Civil Veterinary Dept. Assam report 1911-1927 - 1911-1927
Year: 1911
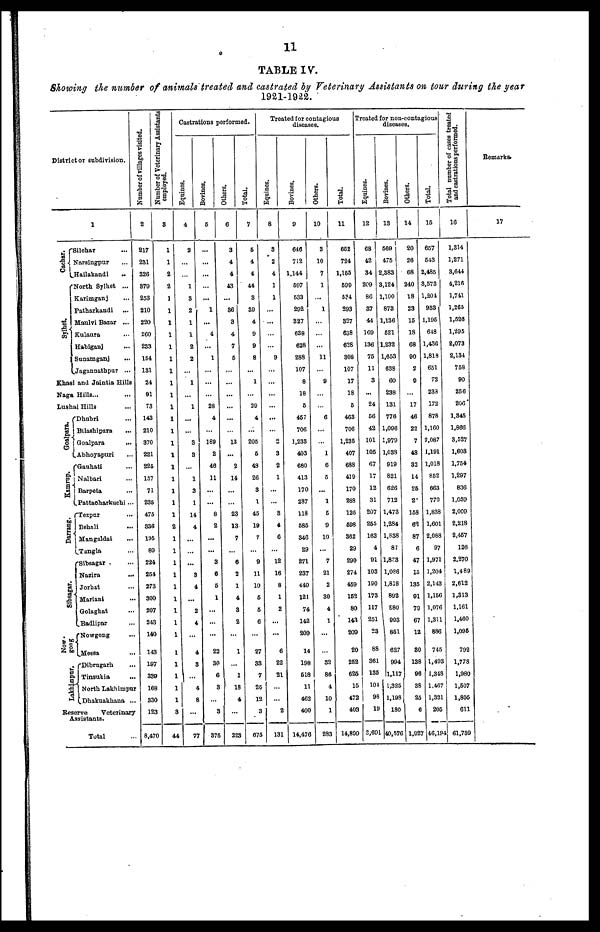
11
TABLE IV.
Showing the number of animals treated and castrated by Veterinary Assistants on tour during the year
1921-1922.
District or subdivision.
1
Cachar.
Sylhet.
Silchar ...
Narsingpur ...
Hailakandi ...
North Sylhet ...
Karimganj ...
Patharkandi ...
Maulvi Bazar ...
Kulaura ...
Habiganj ...
Sunamganj ...
Jagannathpur ...
Khasi and Jaintia Hills
Naga Hills ...
Lushai Hills ...
Goalpara.
Kamrup.
Darrang.
Sibsagar.
Now-
gong
Lakhimpur.
Dhubri ...
Bilashipara
...
Goalpara
...
Abhoyapuri ...
Gauhati ...
Nalbari ...
Barpeta ...
Pattacharkuchi ...
Tezpur ...
Behali ...
Mangaldai ...
Tangla ...
Sibsagar ...
Nazira ...
Jorhat ...
Mariani ...
Golaghat ...
Badlipar ...
Nowgong ...
Messa ...
Dibrugarh ...
Tinsukia ...
North Lakhimpur
Dhakuakhana ...
Reserve
Veterinary
Assistants.
Total ...
Number of villages visited.
2
217
231
326
379
253
210
220
260
233
154
131
24
91
73
143
210
370
221
225
157
71
235
475
336
195
89
224
254
273
300
207
243
140
143
197
339
168
330
123
8,470
Number of Veterinary Assistants
employed.
3
1
1
2
2
1
1
1
1
1
1
1
1
1
1
1
1
1
1
1
1
1
1
1
1
1
1
1
1
1
1
1
1
1
1
1
1
1
1
3
44
Castrations performed.
Equines.
4
2
...
...
1
3
2
1
1
2
2
...
1
...
1
...
...
3
3
...
1
3
1
14
4
...
...
...
3
4
...
2
4
...
4
3
...
4
8
...
77
Bovines.
5
...
...
...
...
...
1
...
4
...
1
...
...
...
28
4
...
189
2
46
11
...
...
8
2
...
...
3
6
5
1
...
...
22
30
6
3
...
3
375
Others.
6
3
4
4
43
...
36
3
4
7
6
...
...
...
...
...
...
13
...
2
14
...
...
23
13
7
...
6
2
1
4
3
2
...
1
...
1
18
4
...
223
Total.
|
7
5
4
4
44
3
39
4
9
9
8
...
1
29
4
...
205
6
43
26
3
1
45
19
7
...
9
11
10
5
5
6
...
27
33
7
26
12
3
675
Treated for contagious
diseases.
Equines.
8
3
2
4
1
1
...
...
...
...
9
...
...
...
...
...
...
2
3
2
1
...
...
3
4
6
...
12
16
8
1
2
...
...
6
22
21
...
...
2
131
Bovines.
9
646
712
1,144
597
533
292
327
638
628
288
107
8
18
5
457
706
1,233
403
680
413
170
287
118
585
346
29
271
237
449
121
74
142
209
14
198
518
11
462
400
14,476
Others.
10
3
10
7
1
...
1
...
...
...
11
...
9
...
...
6
...
...
1
6
5
...
1
5
9
10
...
7
21
2
30
4
1
...
...
32
86
4
10
1
283
Total.
11
652
724
1,155
599
634
293
827
638
628
308
107
17
18
5
463
706
1,235
407
688
419
170
2SS
126
698
362
29
290
274
459
152
80
143
209
20
252
625
15
472
403
14,800
Treated for non-contagious
diseases.
Equines.
12
68
42
34
209
86
37
44
109
136
75
11
3
...
24
56
42
101
105
67
17
12
31
207
255
163
4
91
103
190
173
117
251
23
88
361
135
104
98
19
3,691
Bovines.
13
569
475
2,383
3,124
1,100
873
1,136
621
1,232
1,653
638
60
238
131
776
1,096
1,979
1,038
919
821
626
712
1,473
1,284
1,838
87
1,823
1,086
1,818
892
880
1 993
851
627
994
1,117
1,325
1,198
180
40,576
Others.
14
20
26
68
240
18
23
15
18
68
90
2
9
...
17
46
22
7
48
32
14
26
2
158
62
87
6
47
15
135
91
70
67
12
30
138
96
38
25
6
1,927
Total.
15
657
543
2,485
3,573
1,201
933
1,195
648
1,436
1,818
651
72
233
172
878
1,160
2,087
1,191
1,018
852
663
770
1,838
1,601
2,088
97
1,971
1,204
2,143
1,156
1,076
1,311
886
745
1,403
1,348
1,467
1,321
205
46,194
Total number of cases treated
and castrations performed.
16
1,314
1,271
3,644
4,216
1,741
1,265
1,526
1,295
2,073
2,134
758
90
256
206
1,345
1,866
3,527
1,603
1,754
1,297
836
1,059
2,009
2,218
2,457
126
2,270
1,489
2,612
1,313
1,161
1,460
1,096
792
1,778
1,980
1,507
1,806
611
61,759
Remarks.
17